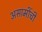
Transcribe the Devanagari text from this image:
असामींची